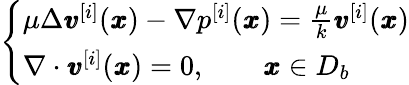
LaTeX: \left\{ \begin{array}{ll}{\mu\Delta{\pmb v}^{[i]}({\pmb x})-\nabla p^{[i]}({\pmb x})=\frac{\mu}{k}{\pmb v}^{[i]}({\pmb x})}\\ {\nabla\cdot{\pmb v}^{[i]}({\pmb x})=0,\qquad{\pmb x}\in D_{b}}\end{array}\right.